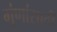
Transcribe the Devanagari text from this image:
गुंणांसाठी